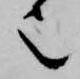
也